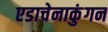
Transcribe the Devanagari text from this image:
एडाचेनाकुंगन